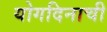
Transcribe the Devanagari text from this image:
योगदिनाची